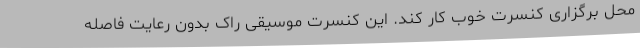
محل برگزاری کنسرت خوب کار کند. این کنسرت موسیقی راک بدون رعایت فاصله